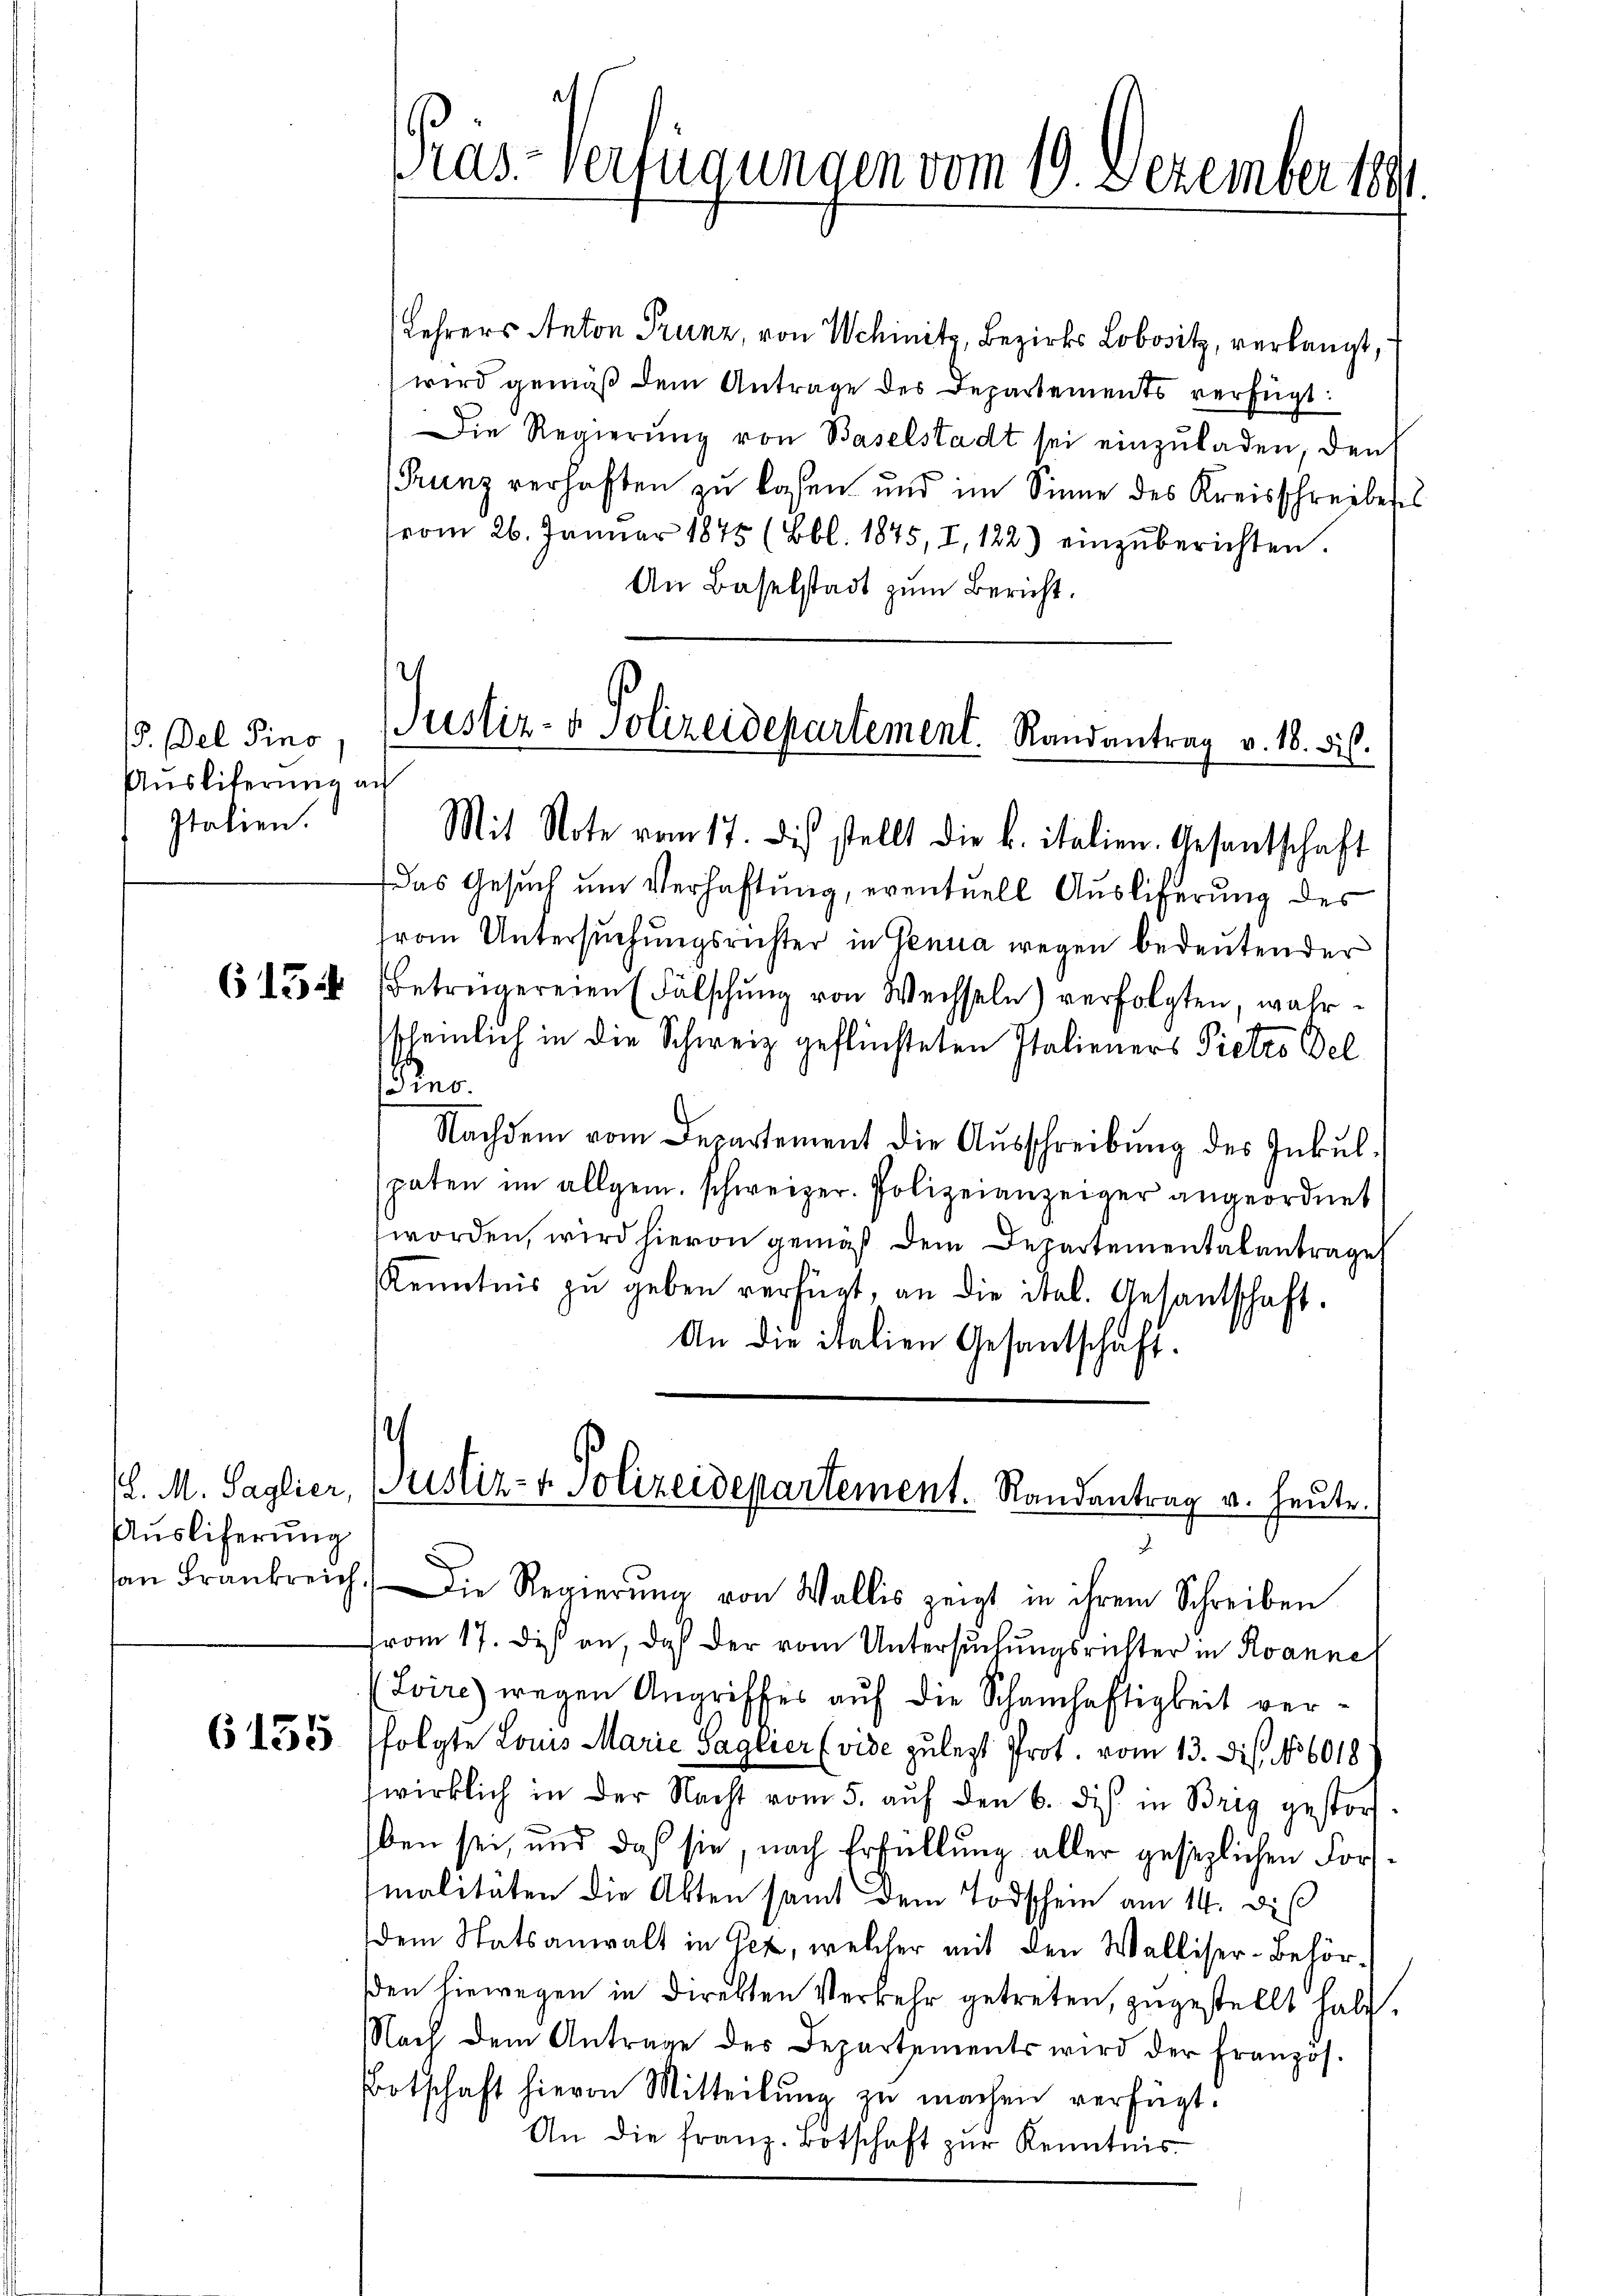
P. Del Pino,
Ausliterung an
Italien.

613

(l. M. Saglier,
Auslieferung

6155

Pras-Verfügungen vom 19. Dezember 1891

Lehrers Anton Prunz, von Schinitz, Bezirks Lobositz, verlangt,
wird gemäß dem Antrage des Departements verfügt:
Die Regierŭng von Baselstadt sei einzŭladen, den
(Frunz verhaften zu lasen und im Sinne des Kreisschreibens
(vom 26. Janŭar 1845 (Bbl. 1845, I, 122) einzŭberichten.
An Baselstadt zum Bericht.
Justiz- & Polizeidepartement. Randantrag v. 18. Fis

Mit Note vom 17. dies stellt die k. italien. Gesantschaft

¬
Justiz- & Polizeidepartement. Randantrag v. Heute.
J
x

Das Gesuch um Verhaftung, eventuell Auslieferung des
rom Untersuchungsrichter in Genua wegen bedeutender
Betrügereien (Falschung von Wechseln) verfolgten, wahrscheinlich in die Schweiz geflüchteten Italieners Pietro Del
Kino.
Nachdem vom Departement die Aŭsschreibŭng des Inkul-
paten im allgem. schweizer. Polizeianzeiger angeordnet
worden, wird hievon gemäß dem Departementabantrage
Kenntnis zŭ geben verfügt, an die ital. Gesantschaft.
An die italien Gesantschaft.
an Frankreich. Die Regierŭng von Wallis zeigt in ihrem Schreiben
from 17. des an, daß der vom Untersŭchŭngsrichter in Roanne
(Loire) wegen Angriffes auf die Schamhaftigkeit versfolgte Louis Marie Saglier (vide zulegt Prot. vom 13. Dis. 86018
wirklich in der Nacht vom 5. auf den 6. dis in Brig gestorfben sei, und daß sie, nach Erfüllung aller gesezlichen Forsmalitäten die Akten samt dem Todschein am 14. diß
dem Statsanwalt in Gez, welcher mit den Walliser-Behörden hiewegen in direkten Verkehr getreten, zugestellt habe.
Nach dem Antrage des Departements wird der Franzos.
Botschaft hievon Mitteilŭng zŭ machen verfügt.
An die franz. Botschaft zur Kenntnis¬